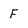
Character: F